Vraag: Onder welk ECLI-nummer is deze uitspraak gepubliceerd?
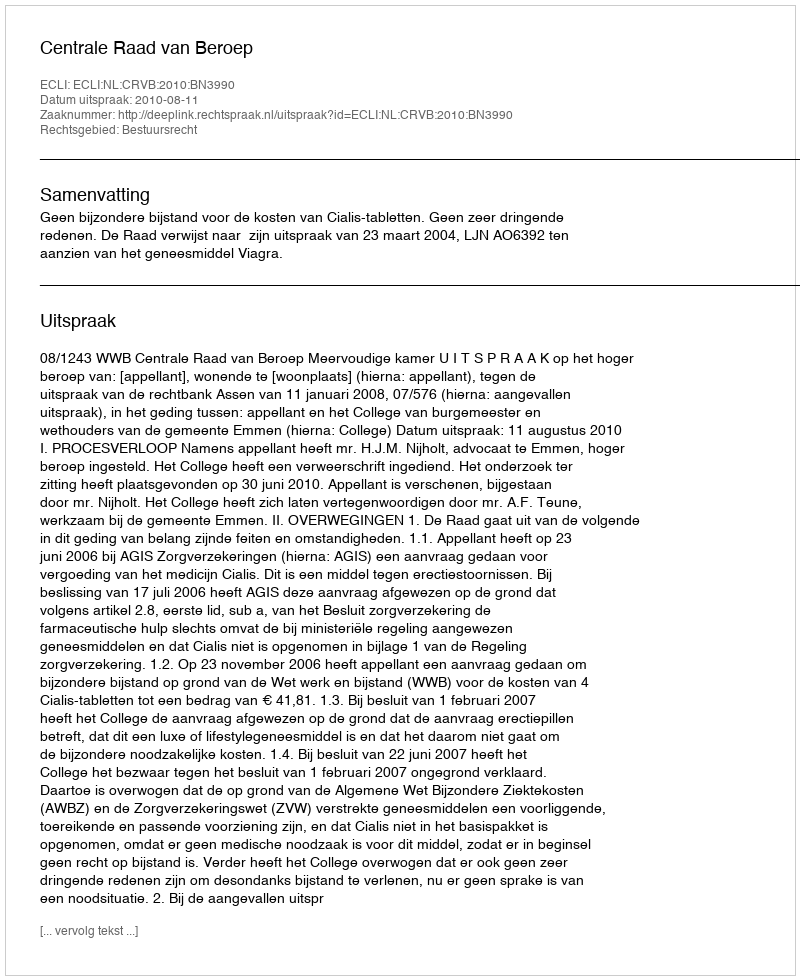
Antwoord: ECLI:NL:CRVB:2010:BN3990